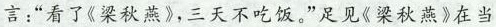
言:“看了《梁秋燕》,三天不吃饭。”足见《梁秋燕》在当